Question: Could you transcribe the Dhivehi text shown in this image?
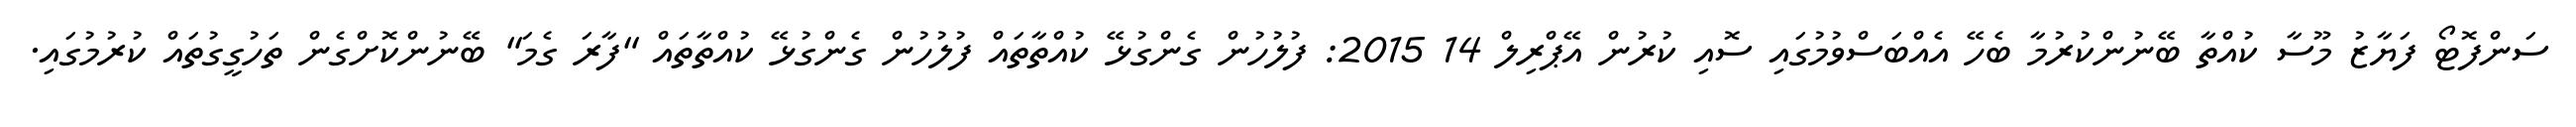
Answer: ސަންފޮޓޯ ފަޔާޒު މޫސާ ކުއްތާ ބޭނުންކުރުމާ ބެހޭ އެއްބަސްވުމުގައި ސޮއި ކުރުން އޭޕްރިލް 14 2015: ފުލުހުން ގެންގުޅޭ ކުއްތާތައް ފުލުހުން ގެންގުޅޭ ކުއްތާތައް "ފާރަ ގެމަ" ބޭނުންކޮށްގެން ތަހުގީގުތައް ކުރުމުގައި.